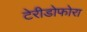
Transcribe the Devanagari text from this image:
टेरीडोफोरा